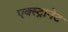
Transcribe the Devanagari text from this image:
एक्स्ट्रानेट